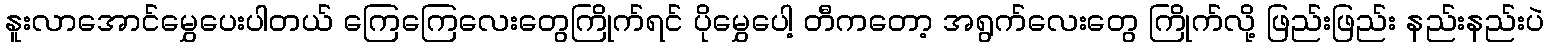
နူးလာအောင်မွှေပေးပါတယ် ကြေကြေလေးတွေကြိုက်ရင် ပိုမွှေပေါ့ တီကတော့ အရွက်လေးတွေ ကြိုက်လို့ ဖြည်းဖြည်း နည်းနည်းပဲ